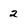
Character: 2